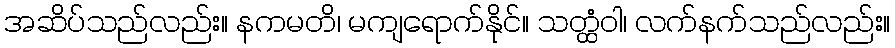
အဆိပ်သည်လည်း။ နကမတိ၊ မကျရောက်နိုင်။ သတ္ထံဝါ၊ လက်နက်သည်လည်း။